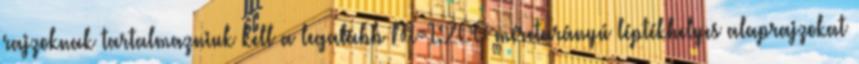
rajzoknak tartalmazniuk kell a legalább M=1:200 méretarányú léptékhelyes alaprajzokat